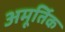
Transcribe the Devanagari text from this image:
अमूर्तिक